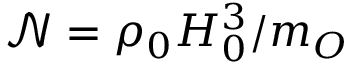
\small { \mathcal { N } } = \rho _ { 0 } H _ { 0 } ^ { 3 } / m _ { O }